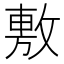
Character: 𢾾